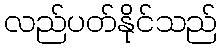
လည်ပတ်နိုင်သည်